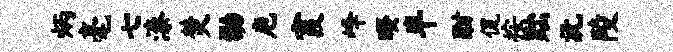
炳毫七漆焚劭庖霞峰暌半酣侃按黜沅陵